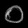
Digit: ၀